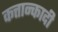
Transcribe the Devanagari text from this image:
कत्तान्कादी